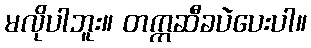
မလိုပါဘူး။ တက္ကဆီခပဲပေးပါ။